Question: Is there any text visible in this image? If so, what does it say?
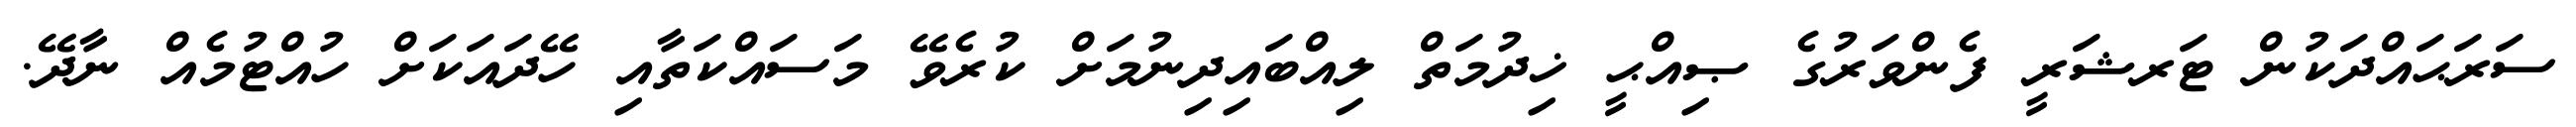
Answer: ސަރަޙައްދަކުން ޓަރޝަރީ ފެންވަރުގެ ޞިއްޙީ ޚިދުމަތް ލިއްބައިދިނުމަށް ކުރެވޭ މަސައްކަތާއި ހޭދައަކަށް ހުއްޓުމެއް ނާދޭ.